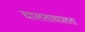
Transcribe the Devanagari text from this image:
चालताचालता